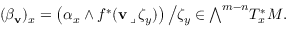
( \beta _ { \mathbf { v } } ) _ { x } = \left( \alpha _ { x } \wedge f ^ { * } ( \mathbf { v } \, \lrcorner \, \zeta _ { y } ) \right) { \big / } \zeta _ { y } \in { \textstyle \bigwedge } ^ { m - n } T _ { x } ^ { * } M .